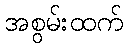
အစွမ်းထက်